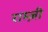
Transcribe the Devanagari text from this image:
राम्ज़ी